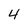
Character: 4